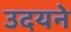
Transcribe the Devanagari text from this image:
उदयने